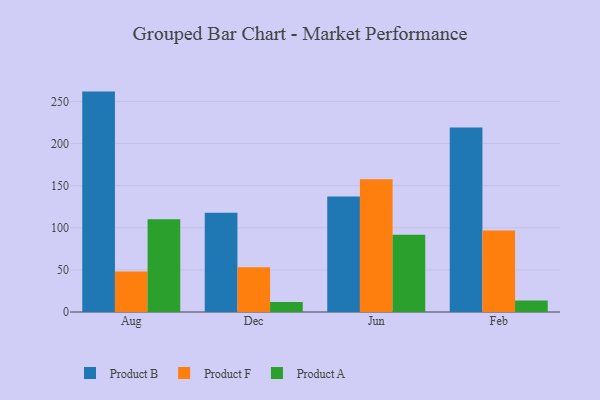
{"axis": {"x": "Month", "y": "Temperature (°C)"}, "legend": ["Product A", "Product B", "Product F"], "data": [{"x": "Aug", "y": 261.7, "type": "Product B"}, {"x": "Aug", "y": 48.0, "type": "Product F"}, {"x": "Aug", "y": 110.0, "type": "Product A"}, {"x": "Dec", "y": 117.9, "type": "Product B"}, {"x": "Dec", "y": 53.2, "type": "Product F"}, {"x": "Dec", "y": 11.8, "type": "Product A"}, {"x": "Jun", "y": 137.1, "type": "Product B"}, {"x": "Jun", "y": 157.7, "type": "Product F"}, {"x": "Jun", "y": 91.8, "type": "Product A"}, {"x": "Feb", "y": 219.1, "type": "Product B"}, {"x": "Feb", "y": 96.8, "type": "Product F"}, {"x": "Feb", "y": 13.6, "type": "Product A"}]}